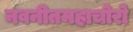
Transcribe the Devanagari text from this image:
नवनीतमहाचोरो